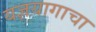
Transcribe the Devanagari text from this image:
यज्ञयागाचा